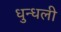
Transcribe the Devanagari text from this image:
धुन्धली